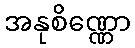
အနုစိဏ္ဏော